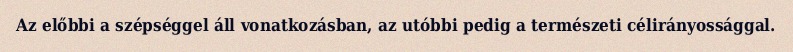
Az előbbi a szépséggel áll vonatkozásban, az utóbbi pedig a természeti célirányossággal.